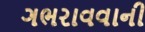
ગભરાવવાની